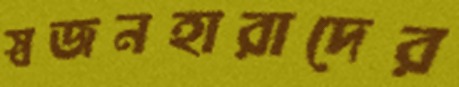
স্বজনহারাদের